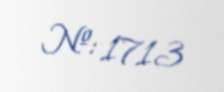
№: 1713